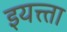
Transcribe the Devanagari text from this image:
इयत्त्ता